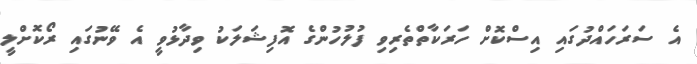
އެ ސަރަހައްދުގައި އިސްކޮށް ހަރަކާތްތެރިވި ފުލުހުންގެ އޮފިޝަލަކު ވިދާޅުވީ އެ ވޭނުގައި ރޯކޮށްލީ